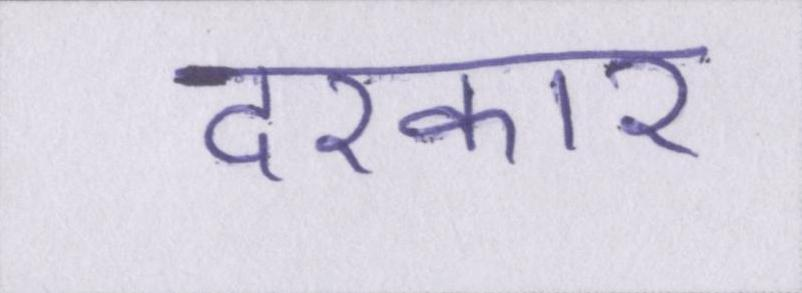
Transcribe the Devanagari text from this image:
दरकार